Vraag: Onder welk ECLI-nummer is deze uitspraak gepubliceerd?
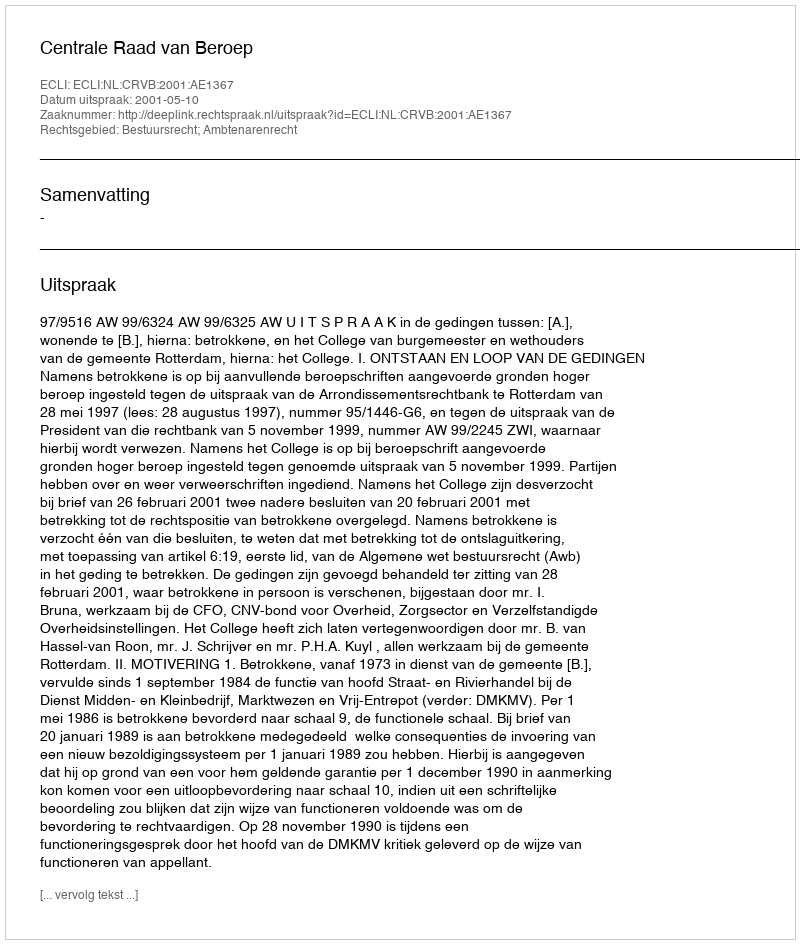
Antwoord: ECLI:NL:CRVB:2001:AE1367